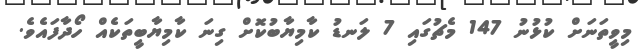
މިވީތަނަށް ކުޅުނު 147 މެޗުގައި 7 ލަނޑު ކާމިޔާބުކޮށް ގިނަ ކާމިޔާބީތަކެއް ހޯދާފައެވެ.